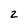
Character: 2